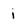
Character: i